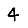
Digit: 4